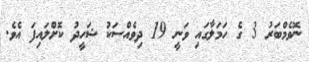
ނޮވެމްބަރު 3 ގެ ހަމަލާގައި ވަނީ 19 ދިވެއްސަކު ޝަހީދު ކޮށްލައިފަ އެވެ.